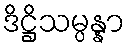
ဒိဋ္ဌိသမ္ပန္နာ